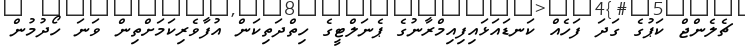
ޗެލެންޖް ކަޕުގެ ގަދަ ފަހެއް ކަނޑައަޅައިފިއިމްރާނުގެ ޕެނަލްޓީގެ ހިތްދަތިކަން އުފާވެރިކަމަށްތިން ވަނަ ހޯދުމުން